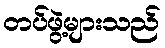
တပ်ဖွဲ့များသည်